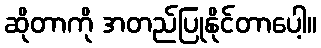
ဆိုတာကို အတည်ပြုနိုင်တာပေါ့။